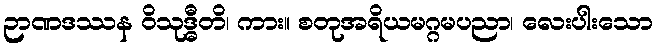
ဉာဏဒဿန ဝိသုဒ္ဓီတိ၊ ကား။ စတုအရိယမဂ္ဂမပညာ၊ လေးပါးသော